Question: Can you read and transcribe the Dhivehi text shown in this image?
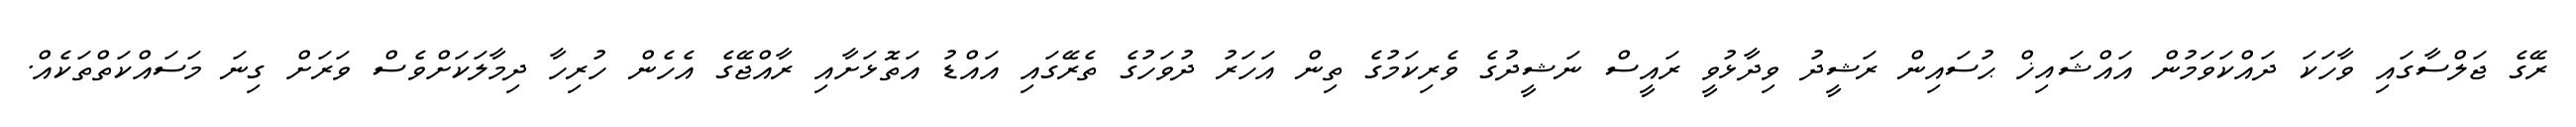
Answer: ރޭގެ ޖަލްސާގައި ވާހަކަ ދައްކަވަމުން އައްޝައިޚް ޙުސައިން ރަޝީދު ވިދާޅުވީ ރައީސް ނަޝީދުގެ ވެރިކަމުގެ ތިން އަހަރު ދުވަހުގެ ތެރޭގައި އައްޑު އަތޮޅަށާއި ރާއްޖޭގެ އެހެން ހުރިހާ ދިމާލަކަށްވެސް ވަރަށް ގިނަ މަސައްކަތްތަކެއް.